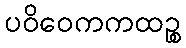
ပဝိဝေကကထဉ္စ